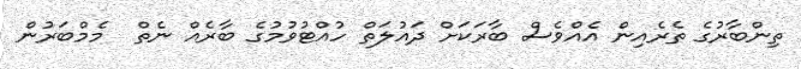
ތިންބާރުގެ ތެރެއިން އެއްވެސް ބާރަކަށް ދައުލަތް ހުއްޓުވުމުގެ ބާރެއް ނެތް  މެމްބަރުން